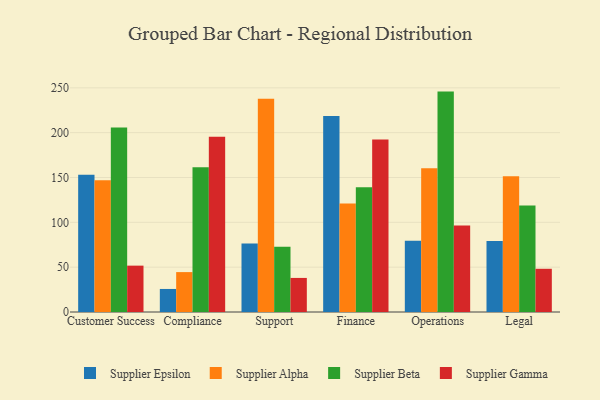
{"axis": {"x": "Department", "y": "Humidity (%)"}, "legend": ["Supplier Alpha", "Supplier Beta", "Supplier Epsilon", "Supplier Gamma"], "data": [{"x": "Customer Success", "y": 153.2, "type": "Supplier Epsilon"}, {"x": "Customer Success", "y": 146.9, "type": "Supplier Alpha"}, {"x": "Customer Success", "y": 205.8, "type": "Supplier Beta"}, {"x": "Customer Success", "y": 51.7, "type": "Supplier Gamma"}, {"x": "Compliance", "y": 25.7, "type": "Supplier Epsilon"}, {"x": "Compliance", "y": 44.5, "type": "Supplier Alpha"}, {"x": "Compliance", "y": 161.4, "type": "Supplier Beta"}, {"x": "Compliance", "y": 195.4, "type": "Supplier Gamma"}, {"x": "Support", "y": 76.4, "type": "Supplier Epsilon"}, {"x": "Support", "y": 237.8, "type": "Supplier Alpha"}, {"x": "Support", "y": 72.9, "type": "Supplier Beta"}, {"x": "Support", "y": 38.0, "type": "Supplier Gamma"}, {"x": "Finance", "y": 218.6, "type": "Supplier Epsilon"}, {"x": "Finance", "y": 121.0, "type": "Supplier Alpha"}, {"x": "Finance", "y": 139.2, "type": "Supplier Beta"}, {"x": "Finance", "y": 192.4, "type": "Supplier Gamma"}, {"x": "Operations", "y": 79.4, "type": "Supplier Epsilon"}, {"x": "Operations", "y": 160.2, "type": "Supplier Alpha"}, {"x": "Operations", "y": 245.8, "type": "Supplier Beta"}, {"x": "Operations", "y": 96.6, "type": "Supplier Gamma"}, {"x": "Legal", "y": 79.3, "type": "Supplier Epsilon"}, {"x": "Legal", "y": 151.5, "type": "Supplier Alpha"}, {"x": "Legal", "y": 118.8, "type": "Supplier Beta"}, {"x": "Legal", "y": 48.2, "type": "Supplier Gamma"}]}